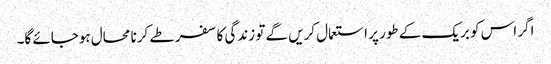
اگر اس کو بریک کے طور پر استعمال کریں گے تو زندگی کا سفر طے کرنا محال ہوجائے گا۔